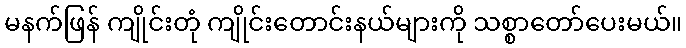
မနက်ဖြန် ကျိုင်းတုံ ကျိုင်းတောင်းနယ်များကို သစ္စာတော်ပေးမယ်။